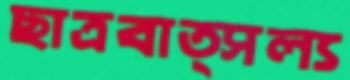
ছাত্রবাত্সল্য